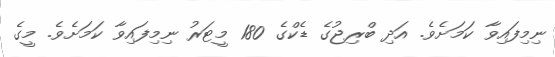
ނިމިފައިވާ ކަމަށެވެ. އަދި ބްރިޖުގެ ޑެކްގެ 180 މީޓަރު ނިމިފައިވާ ކަމަށެވެ. މީގެ